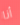
أنا